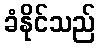
ခံနိုင်သည်